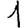
Digit: 1